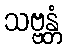
သဗ္ဗန္တံ